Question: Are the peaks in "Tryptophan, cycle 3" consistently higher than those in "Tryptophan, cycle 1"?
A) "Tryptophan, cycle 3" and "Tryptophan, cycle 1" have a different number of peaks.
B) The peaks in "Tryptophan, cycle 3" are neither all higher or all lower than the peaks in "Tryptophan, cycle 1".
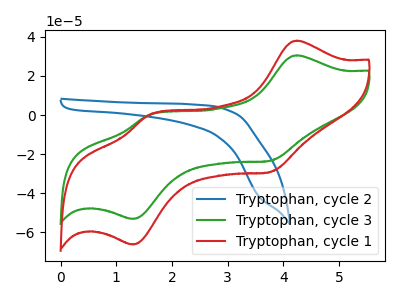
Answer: <think>The blue curve "Tryptophan, cycle 2" has no peaks. The green curve "Tryptophan, cycle 3" has anodic peaks at (4.25V, 30.55uA) (1.60V, 0.00uA) and cathodic peaks at (3.75V, -23.40uA) (1.30V, -53.25uA). The red curve "Tryptophan, cycle 1" has anodic peaks at (4.25V, 38.10uA) (1.60V, -0.05uA) and cathodic peaks at (3.75V, -29.20uA) (1.30V, -66.35uA).</think>
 <answer>B) The peaks in "Tryptophan, cycle 3" are neither all higher or all lower than the peaks in "Tryptophan, cycle 1".</answer>
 <eval>B</eval>